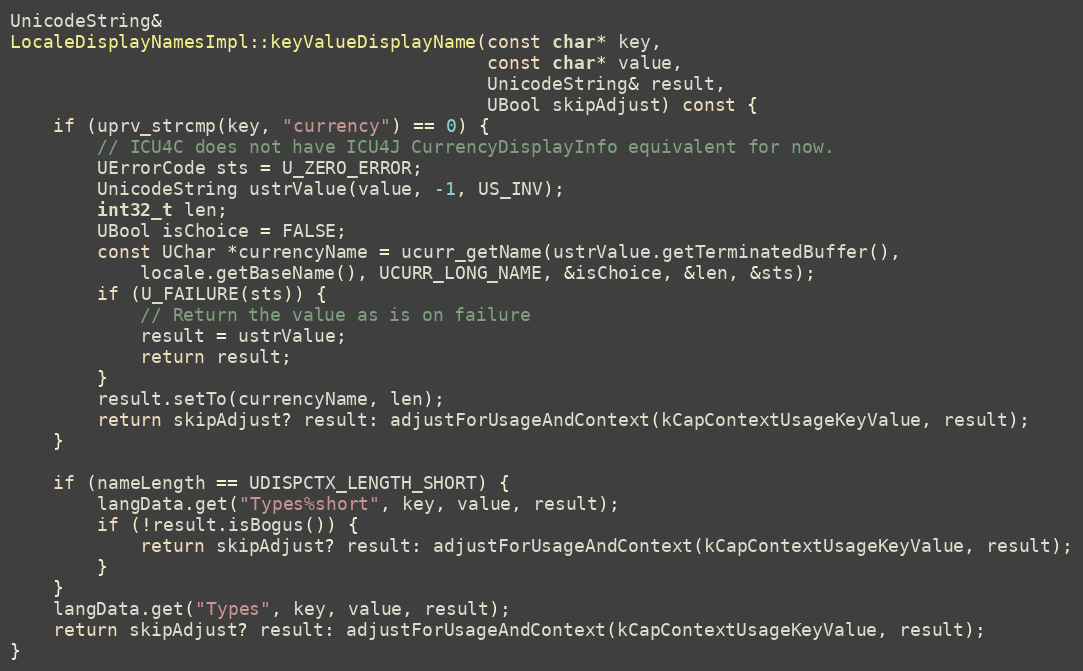
Language: C++
UnicodeString&
LocaleDisplayNamesImpl::keyValueDisplayName(const char* key,
                                            const char* value,
                                            UnicodeString& result,
                                            UBool skipAdjust) const {
    if (uprv_strcmp(key, "currency") == 0) {
        // ICU4C does not have ICU4J CurrencyDisplayInfo equivalent for now.
        UErrorCode sts = U_ZERO_ERROR;
        UnicodeString ustrValue(value, -1, US_INV);
        int32_t len;
        UBool isChoice = FALSE;
        const UChar *currencyName = ucurr_getName(ustrValue.getTerminatedBuffer(),
            locale.getBaseName(), UCURR_LONG_NAME, &isChoice, &len, &sts);
        if (U_FAILURE(sts)) {
            // Return the value as is on failure
            result = ustrValue;
            return result;
        }
        result.setTo(currencyName, len);
        return skipAdjust? result: adjustForUsageAndContext(kCapContextUsageKeyValue, result);
    }

    if (nameLength == UDISPCTX_LENGTH_SHORT) {
        langData.get("Types%short", key, value, result);
        if (!result.isBogus()) {
            return skipAdjust? result: adjustForUsageAndContext(kCapContextUsageKeyValue, result);
        }
    }
    langData.get("Types", key, value, result);
    return skipAdjust? result: adjustForUsageAndContext(kCapContextUsageKeyValue, result);
}